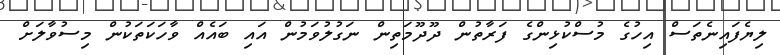
ލިޔެފައިނެތަސް އިހުގެ މުސްކުޅިންގެ ފަރާތުން ދޫދޫމަތިން ނަގުލުވަމުން އައި ބައެއް ވާހަކަތަކުން މިސުވާލަށް